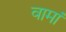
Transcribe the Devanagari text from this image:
वामां